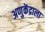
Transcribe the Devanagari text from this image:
अणुकेंद्राला